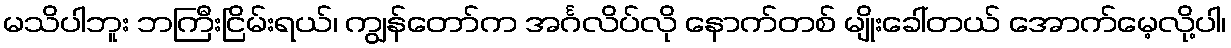
မသိပါဘူး ဘကြီးငြိမ်းရယ်၊ ကျွန်တော်က အင်္ဂလိပ်လို နောက်တစ် မျိုးခေါ်တယ် အောက်မေ့လို့ပါ၊